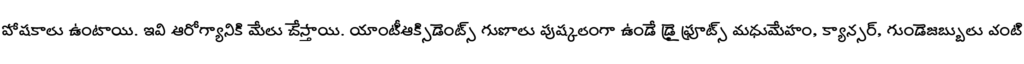
పోషకాలు ఉంటాయి. ఇవి ఆరోగ్యానికి మేలు చేస్తాయి. యాంటీఆక్సిడెంట్స్ గుణాలు పుష్కలంగా ఉండే డ్రై ఫ్రూట్స్ మధుమేహం, క్యాన్సర్, గుండెజబ్బులు వంటి